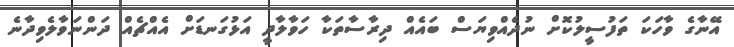
އޭނާގެ ވާހަކަ ތަފުސީލުކޮށް ނުދެއްވިޔަސް ބައެއް ދިރާސާތަކާ ހަވާލާދީ އަޅުގަނޑަށް އެއްޗެއް ދަންނަވާލެވިދާނެ